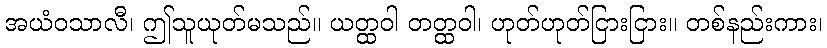
အယံဝသာလီ၊ ဤသူယုတ်မသည်။ ယတ္ထဝါ တတ္ထဝါ၊ ဟုတ်ဟုတ်ငြားငြား။ တစ်နည်းကား၊